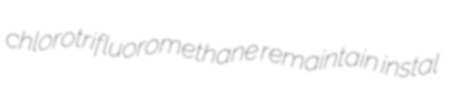
chlorotrifluoromethane remaintain instal